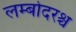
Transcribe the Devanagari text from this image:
लम्बोदरश्च